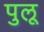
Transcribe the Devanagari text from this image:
पुलू